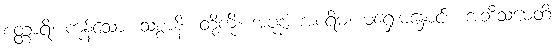
စတ္တာရိ၊ ကုန်သော။ သစ္စာနိ။ တို့ကို။ အပုဗ္ဗံ အစရိမံ၊ မရှေးမနှောင်း။ အဘိသမေတိ၊